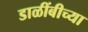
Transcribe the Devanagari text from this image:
डाळींबीच्या